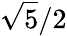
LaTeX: {\sqrt{5}}/2